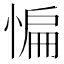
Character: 惼